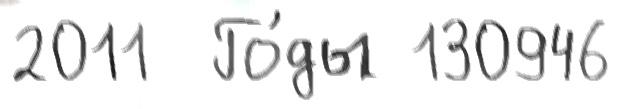
2011  Го́ды 130946